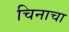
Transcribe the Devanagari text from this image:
चिनाचा